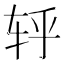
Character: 轷